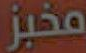
مخبز